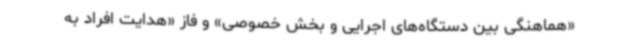
«هماهنگی بین دستگاه‌های اجرایی و بخش خصوصی» و فاز «هدایت افراد به